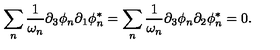
\sum _ { n } \frac { 1 } { \omega _ { n } } \partial _ { 3 } \phi _ { n } \partial _ { 1 } \phi _ { n } ^ { * } = \sum _ { n } \frac { 1 } { \omega _ { n } } \partial _ { 3 } \phi _ { n } \partial _ { 2 } \phi _ { n } ^ { * } = 0 .